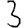
Digit: 3